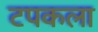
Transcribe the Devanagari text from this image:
टपकला